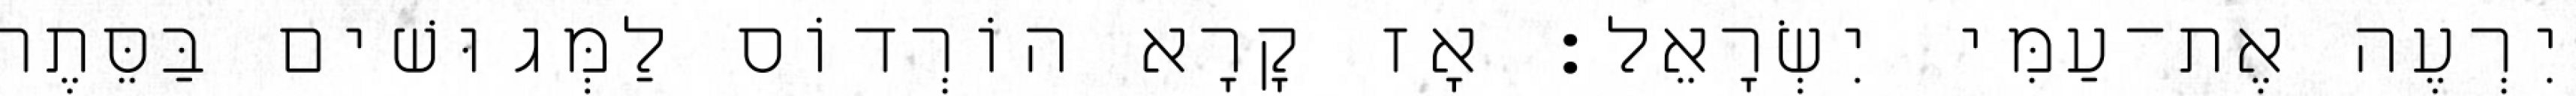
יִרְעֶה אֶת־עַמִּי יִשְׂרָאֵל׃ אָז קָרָא הוֹרְדוֹס לַמְּגוּשׁים בַּסֵּתֶר